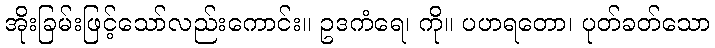
အိုးခြမ်းဖြင့်သော်လည်းကောင်း။ ဥဒကံရေ၊ ကို။ ပဟရတော၊ ပုတ်ခတ်သော